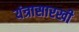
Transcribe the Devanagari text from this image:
यंत्रासारखी